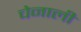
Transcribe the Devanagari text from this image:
चेनाली